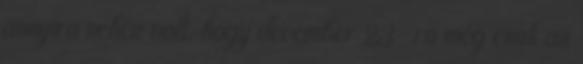
annyira nehéz volt, hogy december 23-ra még csak az